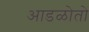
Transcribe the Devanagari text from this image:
आडळोतो